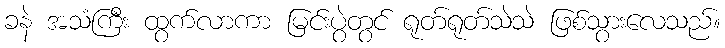
ခနဲ အသံကြီး ထွက်လာကာ မြင်းပွဲတွင် ရုတ်ရုတ်သဲသဲ ဖြစ်သွားလေသည်။